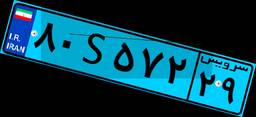
۰۲S۷۶۶۴۱